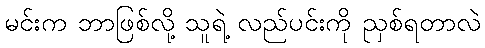
မင်းက ဘာဖြစ်လို့ သူရဲ့ လည်ပင်းကို ညှစ်ရတာလဲ